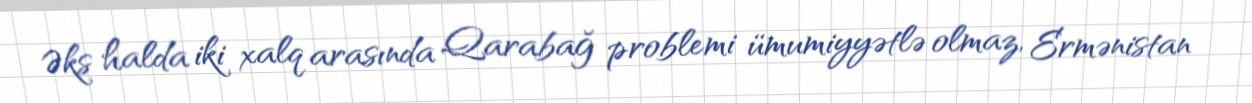
Əks halda iki xalq arasında Qarabağ problemi ümumiyyətlə olmaz, Ermənistan